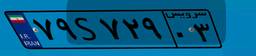
۷۹S۷۲۹۰۳